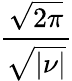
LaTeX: \frac{\sqrt{2\pi}}{\sqrt{|\nu|}}